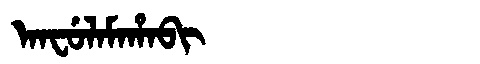
Manchu: ᠠᠨᠸᡠᠯᠠᠮᠠᡥᠠᠪᡳ
Romanization: ANFULAMAHABI